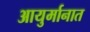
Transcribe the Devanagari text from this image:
आयुर्मानात